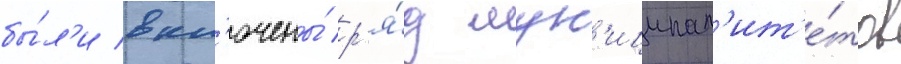
бы́л'и вкл'ючены́ р'я́д мун'иципал'ит'е́тов